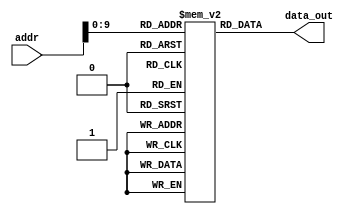
`timescale 1ns / 1ps


module memory_IF(
    input [31:0] addr,
    output [31:0] data_out
    );

reg [31:0] mem[0:1023] ;

 assign data_out= mem[addr];
endmodule